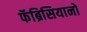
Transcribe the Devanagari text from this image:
फॅब्रिसियानो